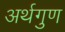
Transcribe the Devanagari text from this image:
अर्थगुण